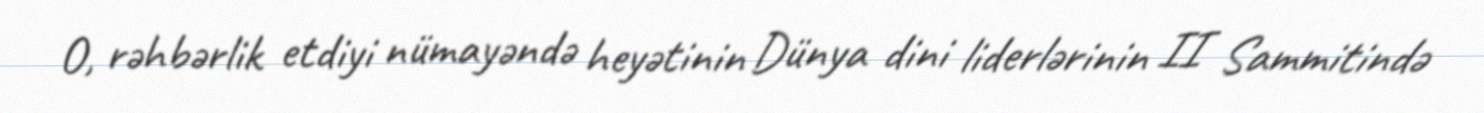
O, rəhbərlik etdiyi nümayəndə heyətinin Dünya dini liderlərinin II Sammitində